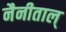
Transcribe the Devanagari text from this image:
नैनीताल्